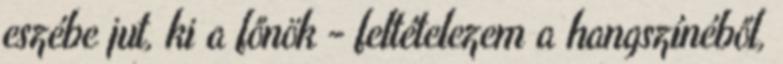
eszébe jut, ki a főnök - feltételezem a hangszínéből,